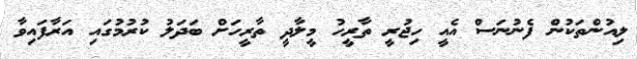
ލިއުންތަކުން ފެނުނަސް އެއީ ހިޖުރީ ތާރީހު މީލާދީ ތާރީހަށް ބަދަލު ކުރުމުގައި އަރާފައިވާ